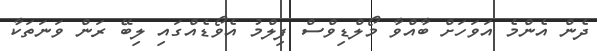
ދެން އެންމެ އަވަހަށް ބާއްވާ މޯލްޑިވްސް ފިލްމު އެވޯޑެއްގައި ލިބޭ ރަން ވަނަތަކާ